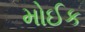
મોઈક